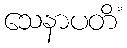
သေနာပတိံ